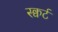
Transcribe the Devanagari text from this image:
स्क्वर्ट